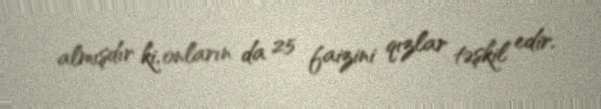
almışdır ki, onların da 25 faizini qızlar təşkil edir.